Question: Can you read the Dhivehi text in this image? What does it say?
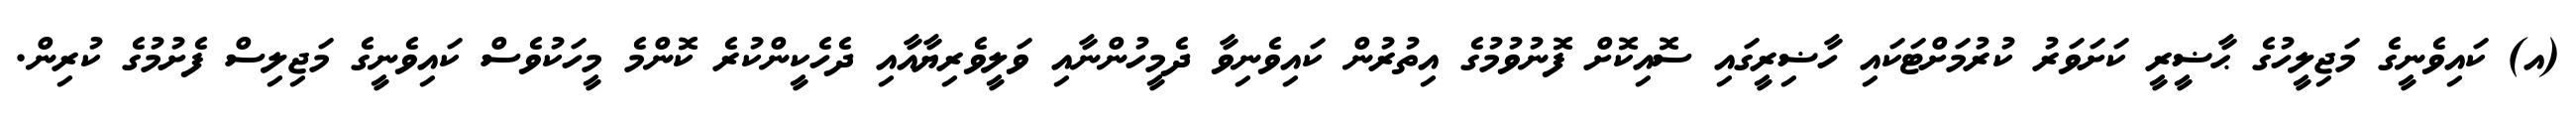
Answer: (އ) ކައިވެނީގެ މަޖިލީހުގެ ޙާޟީރީ ކަށަވަރު ކުރުމަށްޓަކައި ހާޟިރީގައި ސޮއިކޮށް ފޮނުވުމުގެ އިތުރުން ކައިވެނިވާ ދެމީހުންނާއި ވަލީވެރިޔާއާއި ދެހެކީންކުރެ ކޮންމެ މީހަކުވެސް ކައިވެނީގެ މަޖިލިސް ފެށުމުގެ ކުރިން.